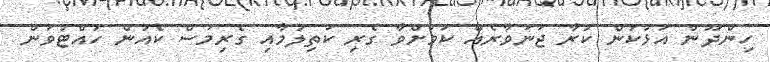
ހިންދޫން އަޅުކަން ކުރާ ޖަނަވާރެއް ކަމަށްވާ ގެރި ކަތިލުމާއި ގެރިމަސް ކެއުން ހުއްޓުވަން